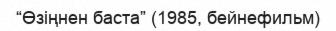
“Өзіңнен баста” (1985, бейнефильм)